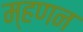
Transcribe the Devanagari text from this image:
म्हणन